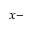
x -